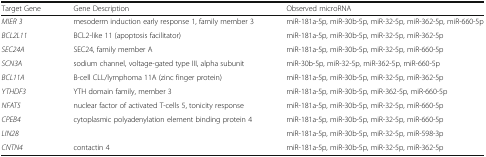
<table><thead><tr><td><b>Target Gene</b></td><td><b>Gene Description</b></td><td><b>Observed microRNA</b></td></tr></thead><tbody><tr><td><i>MIER 3</i></td><td>mesoderm induction early response 1, family member 3</td><td>miR-181a-5p, miR-30b-5p, miR-32-5p, miR-362-5p, miR-660-5p</td></tr><tr><td><i>BCL2L11</i></td><td>BCL2-like 11 (apoptosis facilitator)</td><td>miR-181a-5p, miR-30b-5p, miR-32-5p, miR-362-5p</td></tr><tr><td><i>SEC24A</i></td><td>SEC24, family member A</td><td>miR-181a-5p, miR-30b-5p, miR-32-5p, miR-660-5p</td></tr><tr><td><i>SCN3A</i></td><td>sodium channel, voltage-gated type III, alpha subunit</td><td>miR-30b-5p, miR-32-5p, miR-362-5p, miR-660-5p</td></tr><tr><td><i>BCL11A</i></td><td>B-cell CLL/lymphoma 11A (zinc finger protein)</td><td>miR-181a-5p, miR-30b-5p, miR-32-5p, miR-362-5p</td></tr><tr><td><i>YTHDF3</i></td><td>YTH domain family, member 3</td><td>miR-181a-5p, miR-30b-5p, miR-362-5p, miR-660-5p</td></tr><tr><td><i>NFAT5</i></td><td>nuclear factor of activated T-cells 5, tonicity response</td><td>miR-181a-5p, miR-30b-5p, miR-32-5p, miR-660-5p</td></tr><tr><td><i>CPEB4</i></td><td>cytoplasmic polyadenylation element binding protein 4</td><td>miR-181a-5p, miR-30b-5p, miR-32-5p, miR-660-5p</td></tr><tr><td><i>LIN28</i></td><td></td><td>miR-181a-5p, miR-30b-5p, miR-32-5p, miR-598-3p</td></tr><tr><td><i>CNTN4</i></td><td>contactin 4</td><td>miR-181a-5p, miR-30b-5p, miR-32-5p, miR-362-5p</td></tr></tbody></table>